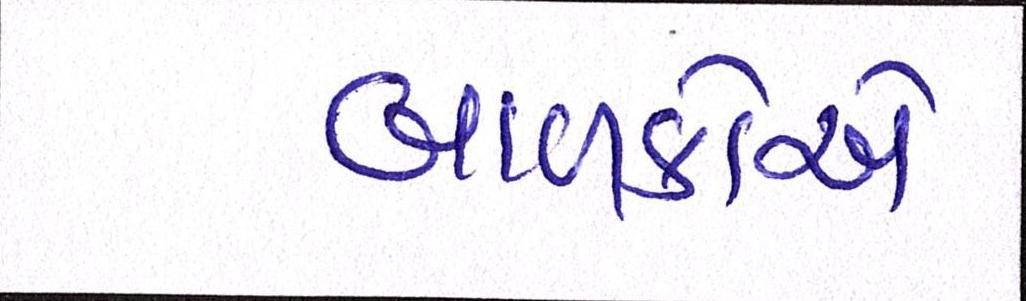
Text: બાળકોએ